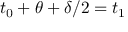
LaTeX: t _ { 0 } + \theta + \delta / 2 = t _ { 1 }